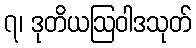
၇၊ ဒုတိယဩဝါဒသုတ်